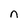
Character: n